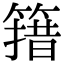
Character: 簎